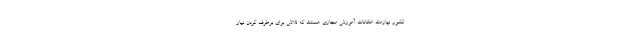
کشور نیازمند امکانات آموزش مجازی هستند که تلاش برای برطرف کردن نیاز